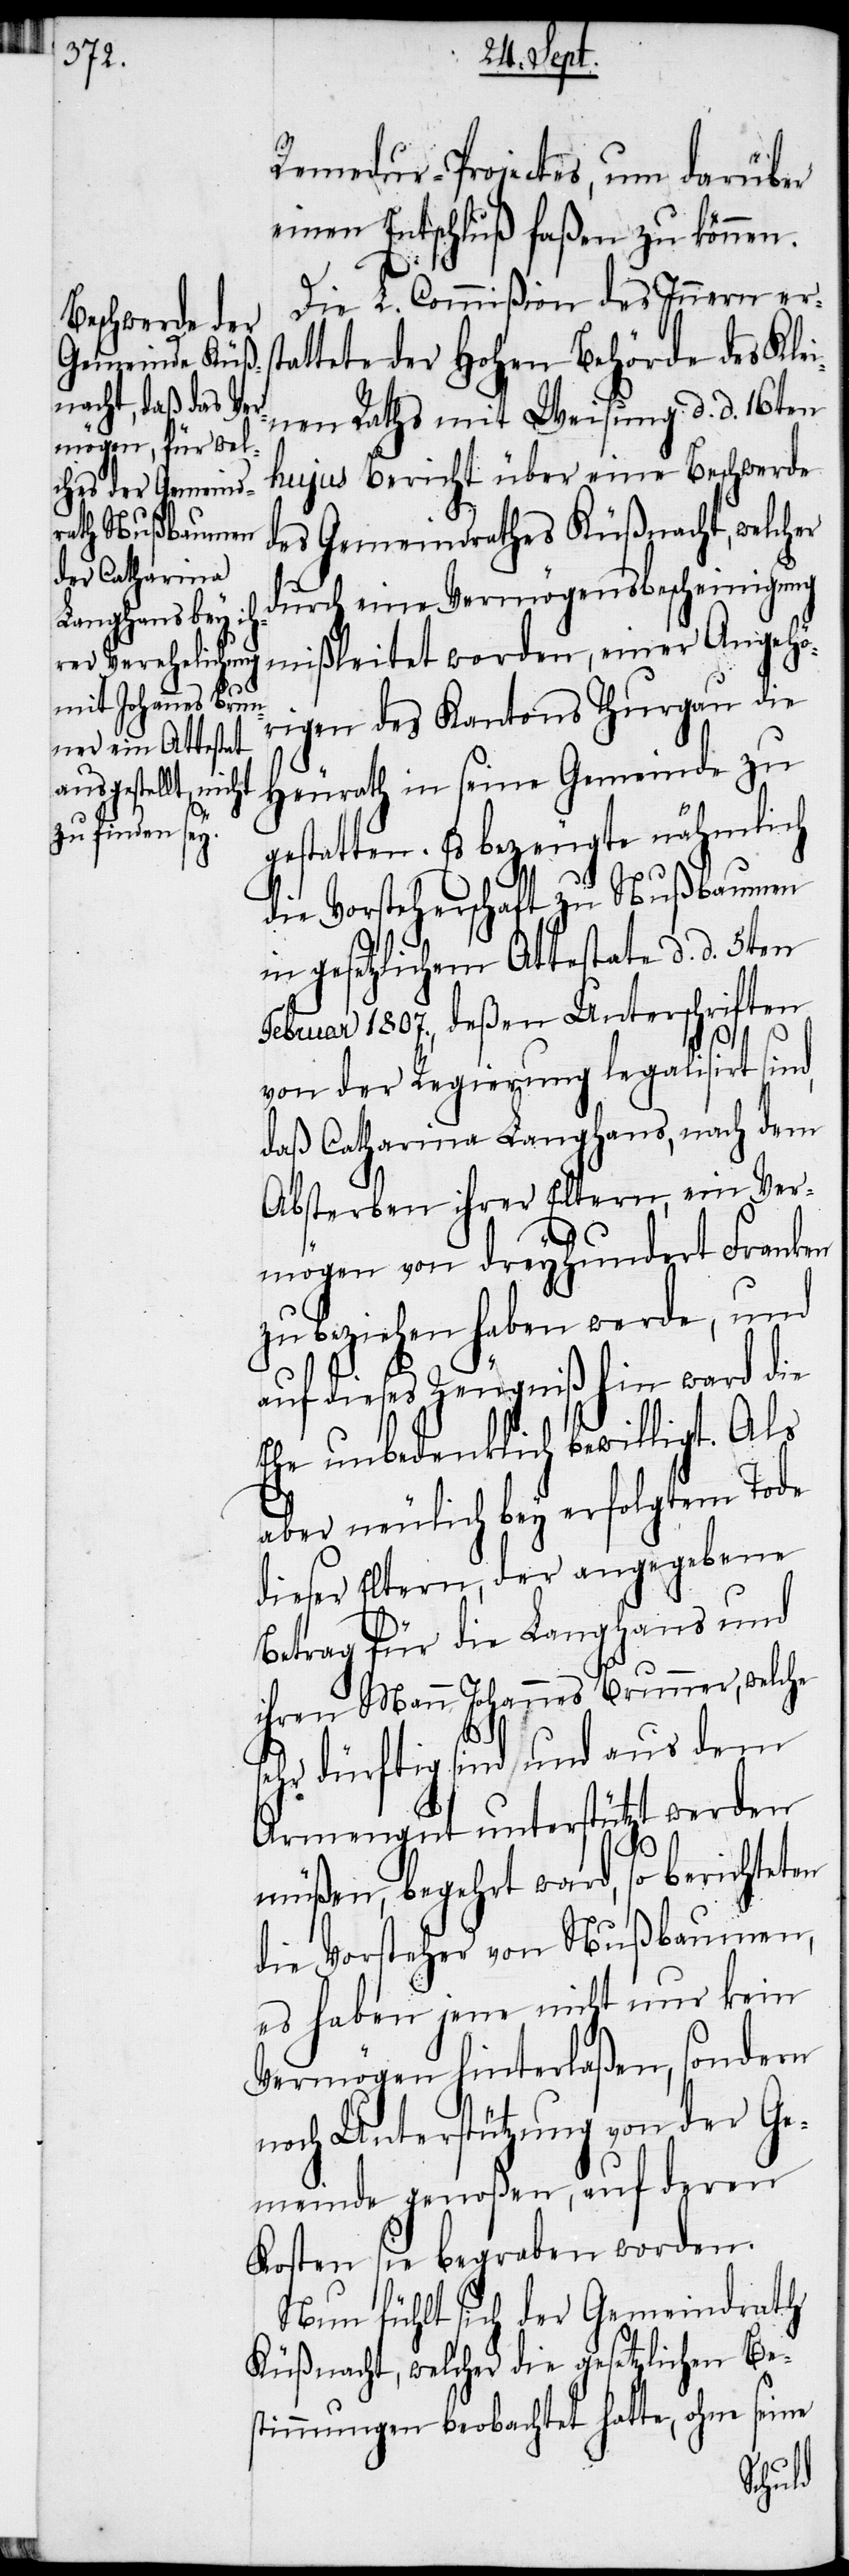
Remedur-Projectes, um darüber
Die L. Commißion des Innern er¬
ttete der Hohen Behörde des Kle¬
inen Rathes mit Weisung d. d. 16ten
hujus Bericht über eine Beschwerde
des Gemeindrathes Küßnacht, welcher
durch eine Vermögensbescheinigung
mißleitet worden, einer Angehö¬
rigen des Kantons Thurgau die
Heurath in seine Gemeinde zu
gestatten. Es bezeugte nähmlich
die Vorsteherschaft zu Nußbaumen
in gesetzlichem Attestate d. d. 5ten
Februar 1807., deßen Unterschriften
sta¬
von der Regierung legalisirt sind,
daß Catharina Langhans, nach dem
Absterben ihrer Eltern, ein Ver¬
mögen von dreyhundert Franken
zu beziehen haben werde, und
auf dieses Zeugniß hin ward die
Ehe unbedenklich bewilligt. Als
aber neulich bey erfolgtem Tode
dieser Eltern, der angegebene
Betrag für die Langhans und
ihren Mann Johannes Brunner, welche
sehr dürftig sind und aus dem
Armengut unterstützt werden
müßen, begehrt ward, so berichteten
die Vorsteher von Nußbaumen,
es haben jene nicht nur kein
Vermögen hinterlaßen, sondern
noch Unterstützung von der Ge¬
meinde genoßen, auf deren
Kosten sie begraben worden.
Nun fühlt sich der Gemeindrath
Küßnacht, welcher die gesetzlichen Be¬
stimmungen beobachtet hatte, ohne seine